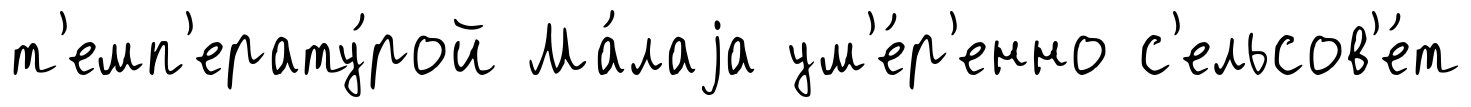
т'емп'ерату́рой Ма́лаjа ум'е́р'енно с'ельсов'е́т